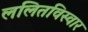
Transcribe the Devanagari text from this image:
ललितविस्वार